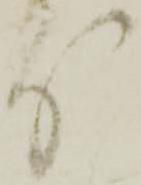
り